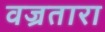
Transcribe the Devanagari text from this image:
वज्रतारा